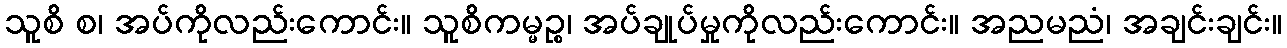
သူစိ စ၊ အပ်ကိုလည်းကောင်း။ သူစိကမ္မဉ္စ၊ အပ်ချုပ်မှုကိုလည်းကောင်း။ အညမညံ၊ အချင်းချင်း။